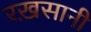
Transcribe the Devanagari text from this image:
रख़सानी